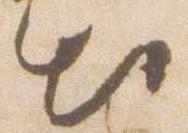
出